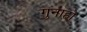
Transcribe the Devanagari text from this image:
गुनाहो